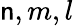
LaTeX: \mathsf{n},m,l